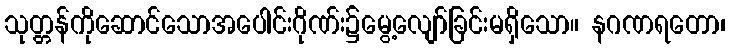
သုတ္တန်ကိုဆောင်သောအပေါင်းဂိုဏ်း၌မွေ့လျော်ခြင်းမရှိသော။ နဂဏရတော၊